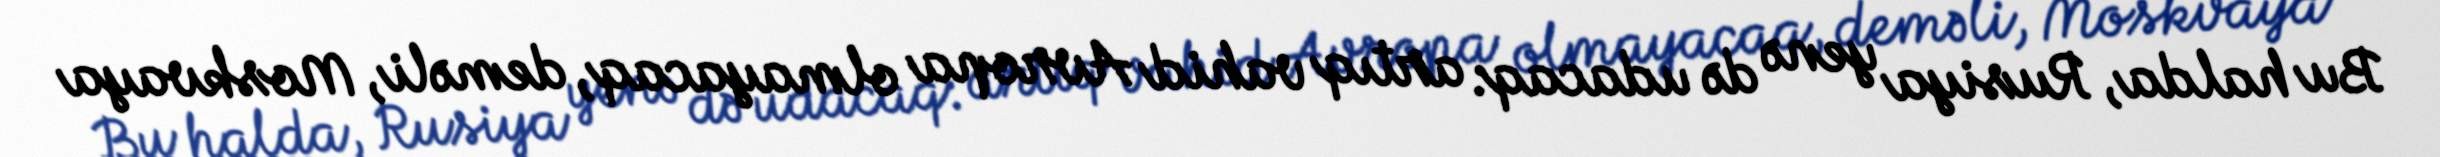
Bu halda, Rusiya yenə də udacaq: artıq vahid Avropa olmayacaq, deməli, Moskvaya